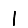
Digit: 1